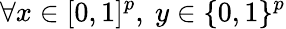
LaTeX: \forall x\in[0,1]^{p},\ y\in\{ 0,1\} ^{p}